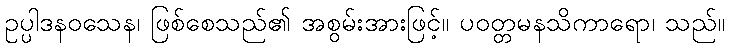
ဥပ္ပါဒနဝသေန၊ ဖြစ်စေသည်၏ အစွမ်းအားဖြင့်။ ပဝတ္တမနသိကာရော၊ သည်။